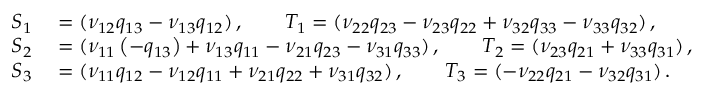
\begin{array} { r l } { S _ { 1 } } & { { } = ( \nu _ { 1 2 } q _ { 1 3 } - \nu _ { 1 3 } q _ { 1 2 } ) \, , \qquad T _ { 1 } = ( \nu _ { 2 2 } q _ { 2 3 } - \nu _ { 2 3 } q _ { 2 2 } + \nu _ { 3 2 } q _ { 3 3 } - \nu _ { 3 3 } q _ { 3 2 } ) \, , } \\ { S _ { 2 } } & { { } = ( \nu _ { 1 1 } \left( - q _ { 1 3 } \right) + \nu _ { 1 3 } q _ { 1 1 } - \nu _ { 2 1 } q _ { 2 3 } - \nu _ { 3 1 } q _ { 3 3 } ) \, , \qquad T _ { 2 } = ( \nu _ { 2 3 } q _ { 2 1 } + \nu _ { 3 3 } q _ { 3 1 } ) \, , } \\ { S _ { 3 } } & { { } = ( \nu _ { 1 1 } q _ { 1 2 } - \nu _ { 1 2 } q _ { 1 1 } + \nu _ { 2 1 } q _ { 2 2 } + \nu _ { 3 1 } q _ { 3 2 } ) \, , \qquad T _ { 3 } = ( - \nu _ { 2 2 } q _ { 2 1 } - \nu _ { 3 2 } q _ { 3 1 } ) \, . } \end{array}